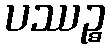
ပဿဉ္စ